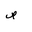
Letter: _sad